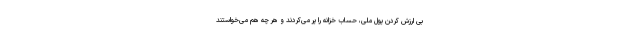
بی ارزش کردن پول ملی، حساب خزانه را پر می‌کردند و هر چه هم می‌خواستند